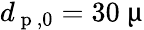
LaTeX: d_{\mathrm{~p~},0}=30~\upmu